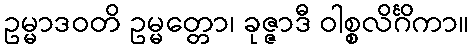
ဥမ္မာဒဝတိ ဥမ္မတ္တော၊ ခုဇ္ဇာဒီ ဝါစ္စလိင်္ဂိကာ။